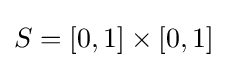
S=[0,1]\times [0,1]